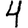
Digit: 4